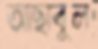
আছাবুল